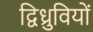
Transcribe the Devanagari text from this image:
द्विध्रुवियों